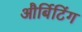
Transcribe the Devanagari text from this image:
और्बिटिंग